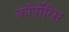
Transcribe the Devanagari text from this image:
कॉर्पोरिस